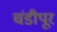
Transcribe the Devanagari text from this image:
चंडीपूर